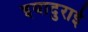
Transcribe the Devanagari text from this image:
इयादुराई